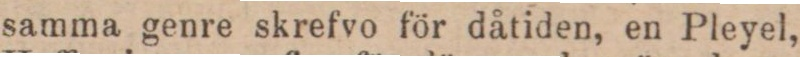
samma genre skrefvo för dåtiden, en Pleyel,